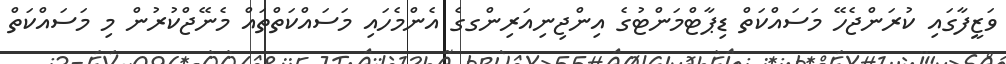
ވަޒީފާގައި ކުރަންޖެހޭ މަސައްކަތް ޑިޕާޓްމަންޓުގެ އިންޖިނިއަރިންގގެ އެންމެހައި މަސައްކަތްތައް މެނޭޖްކުރުން މި މަސައްކަތް